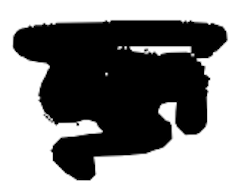
Text: an
Cross-out: scratch
Writing tool: digital_black